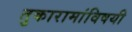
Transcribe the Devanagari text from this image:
तुकारामांविषयी